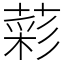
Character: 𦹮